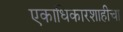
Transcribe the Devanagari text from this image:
एकाधिकारशाहीचा